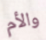
والأم